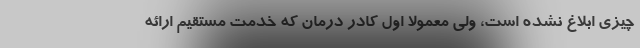
چیزی ابلاغ نشده است، ولی معمولا اول کادر درمان که خدمت مستقیم ارائه